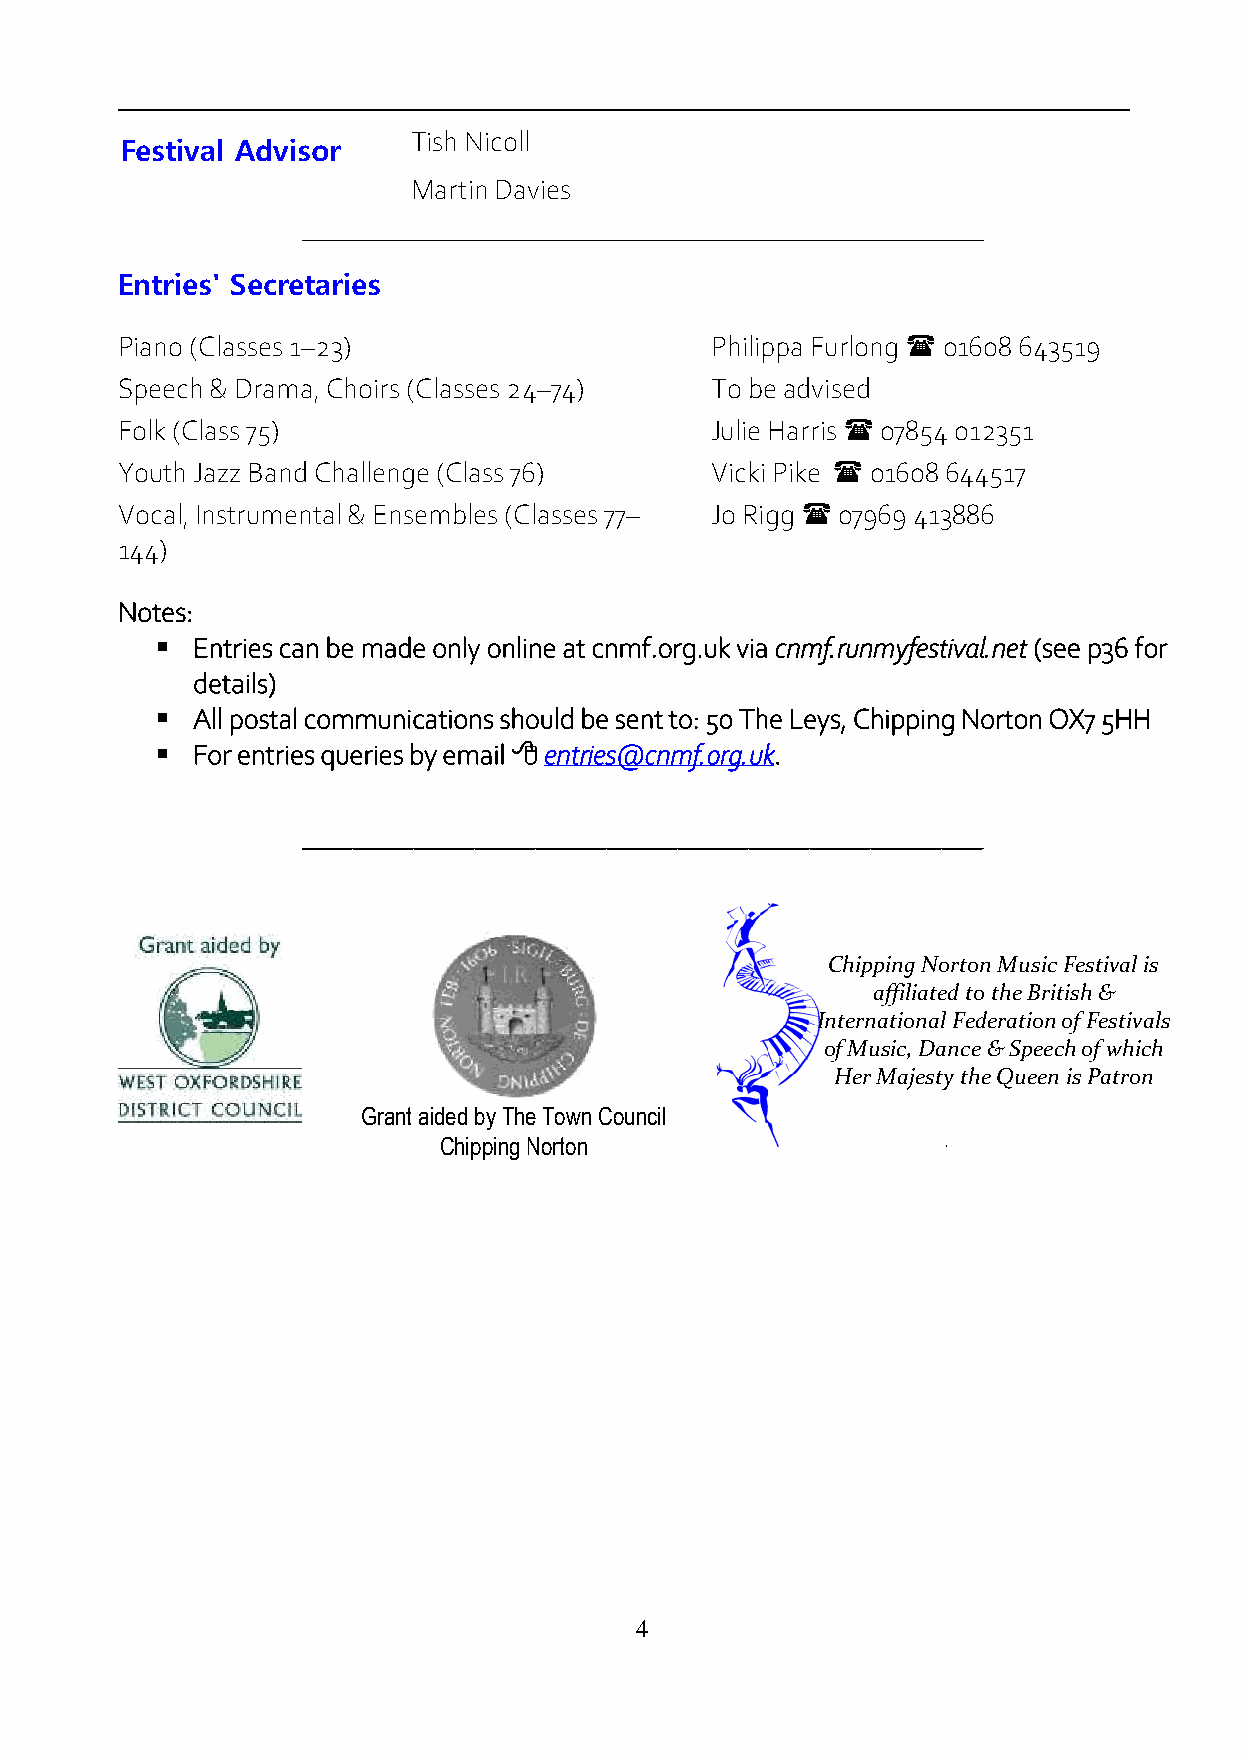
Tish Nicoll
 Festival Advisor
 Martin Davies
 ___________________________________________________________________
 Entries' Secretaries
 Piano (Classes 1–23)                   Philippa Furlong  01608 643519
 Speech & Drama, Choirs (Classes 24–74) To be advised
 Folk (Class 75)                        Julie Harris  07854 012351
 Youth Jazz Band Challenge (Class 76)   Vicki Pike  01608 644517
 Vocal, Instrumental & Ensembles (Classes 77– Jo Rigg  07969 413886
 144)
 Notes:
   Entries can be made only online at cnmf.org.uk via cnmf.runmyfestival.net (see p36 for
 details)
   All postal communications should be sent to: 50 The Leys, Chipping Norton OX7 5HH
   For entries queries by email  entries@cnmf.org.uk.
 ___________________________________________________________________
 Chipping Norton Music Festival is
 affiliated to the British &
 International Federation of Festivals
 of Music, Dance & Speech of which
 Her Majesty the Queen is Patron
 Grant aided by The Town Council
 Chipping Norton                   .
 4